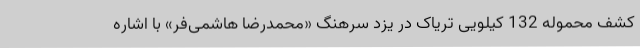
کشف محموله 132 کیلویی تریاک در یزد سرهنگ «محمدرضا هاشمی‌فر» با اشاره